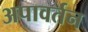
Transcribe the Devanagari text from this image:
अपावर्तन